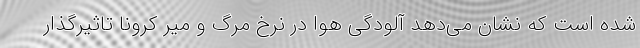
شده است که نشان می‌دهد آلودگی هوا در نرخ مرگ و میر کرونا تاثیرگذار